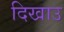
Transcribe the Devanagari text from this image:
दिखाउ